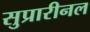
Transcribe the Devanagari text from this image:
सुप्रारीनल